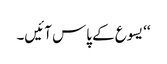
‘‘ یسوع کے پاس آئیں۔